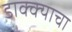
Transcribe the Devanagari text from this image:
डाक्क्याचा